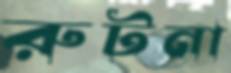
রুটনা